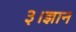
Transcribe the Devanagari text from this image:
३।ज्ञान